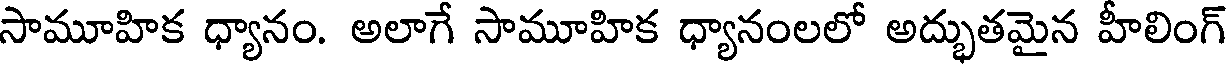
సామూహిక ధ్యానం. అలాగే సామూహిక ధ్యానంలలో అద్భుతమైన హీలింగ్